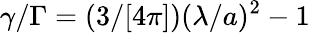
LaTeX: \gamma/\Gamma=(3/[4\pi])(\lambda/a)^{2}-1